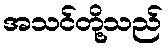
အသင်တို့သည်